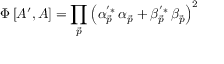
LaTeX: \Phi \left[ A ^ { \prime } , A \right] = \prod _ { \vec { p } } \left( \alpha _ { \vec { p } } ^ { ^ { \prime } * } \, \alpha _ { \vec { p } } + \beta _ { \vec { p } } ^ { ^ { \prime } * } \, \beta _ { \vec { p } } \right) ^ { 2 }